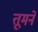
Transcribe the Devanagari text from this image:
तूमने